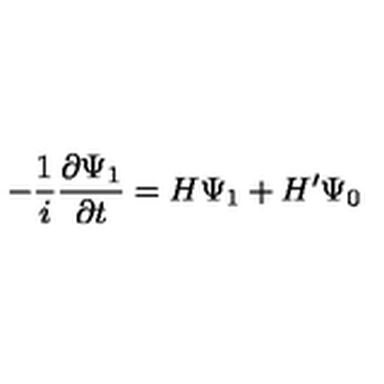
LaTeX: - { \frac { 1 } { i } } { \frac { \partial \Psi _ { 1 } } { \partial t } } = H \Psi _ { 1 } + H ^ { \prime } \Psi _ { 0 }